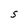
Character: S